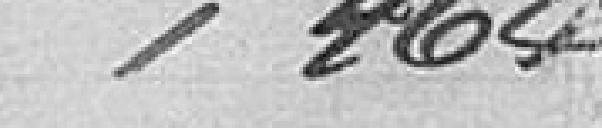
464